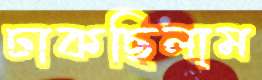
ঢাকছিলাম